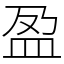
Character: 盈